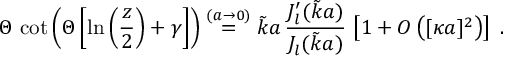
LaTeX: \Theta \, \cot \left( \Theta \left[ \ln \left( \frac { z } { 2 } \right) + \gamma \right] \right) \stackrel { ( a \rightarrow 0 ) } { = } \tilde { k } a \, \frac { J _ { l } ^ { \prime } ( \tilde { k } a ) } { J _ { l } ( \tilde { k } a ) } \, \left[ 1 + O \left( [ \kappa a ] ^ { 2 } \right) \right] \; .